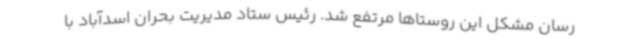
رسان مشکل این روستاها مرتفع شد. رئیس ستاد مدیریت بحران اسدآباد با